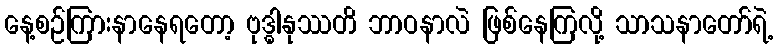
နေ့စဉ်ကြားနာနေရတော့ ဗုဒ္ဓါနုဿတိ ဘာဝနာလဲ ဖြစ်နေကြလို့ သာသနာတော်ရဲ့